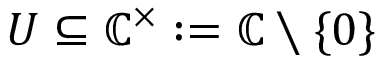
U \subseteq \mathbb { C } ^ { \times } : = \mathbb { C } \setminus \{ 0 \}